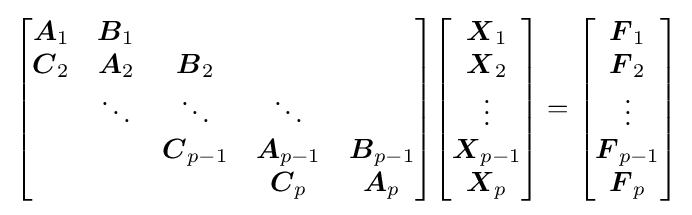
{\begin{bmatrix}{\boldsymbol {A}}_{1}&{\boldsymbol {B}}_{1}\\{\boldsymbol {C}}_{2}&{\boldsymbol {A}}_{2}&{\boldsymbol {B}}_{2}\\&\ddots &\ddots &\ddots \\&&{\boldsymbol {C}}_{p-1}&{\boldsymbol {A}}_{p-1}&{\boldsymbol {B}}_{p-1}\\&&&{\boldsymbol {C}}_{p}&{\boldsymbol {A}}_{p}\end{bmatrix}}{\begin{bmatrix}{\boldsymbol {X}}_{1}\\{\boldsymbol {X}}_{2}\\\vdots \\{\boldsymbol {X}}_{p-1}\\{\boldsymbol {X}}_{p}\end{bmatrix}}={\begin{bmatrix}{\boldsymbol {F}}_{1}\\{\boldsymbol {F}}_{2}\\\vdots \\{\boldsymbol {F}}_{p-1}\\{\boldsymbol {F}}_{p}\end{bmatrix}}